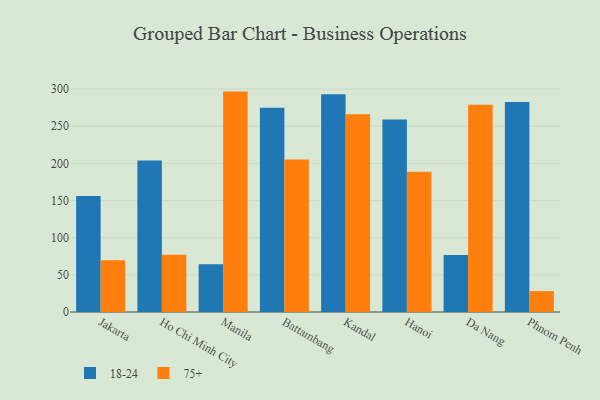
{"axis": {"x": "City", "y": "Active Users"}, "legend": ["18-24", "75+"], "data": [{"x": "Jakarta", "y": 156.2, "type": "18-24"}, {"x": "Jakarta", "y": 69.8, "type": "75+"}, {"x": "Ho Chi Minh City", "y": 204.0, "type": "18-24"}, {"x": "Ho Chi Minh City", "y": 77.0, "type": "75+"}, {"x": "Manila", "y": 64.2, "type": "18-24"}, {"x": "Manila", "y": 296.6, "type": "75+"}, {"x": "Battambang", "y": 274.9, "type": "18-24"}, {"x": "Battambang", "y": 205.3, "type": "75+"}, {"x": "Kandal", "y": 292.9, "type": "18-24"}, {"x": "Kandal", "y": 266.2, "type": "75+"}, {"x": "Hanoi", "y": 259.0, "type": "18-24"}, {"x": "Hanoi", "y": 188.6, "type": "75+"}, {"x": "Da Nang", "y": 76.7, "type": "18-24"}, {"x": "Da Nang", "y": 279.0, "type": "75+"}, {"x": "Phnom Penh", "y": 282.7, "type": "18-24"}, {"x": "Phnom Penh", "y": 28.1, "type": "75+"}]}